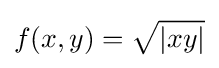
f(x,y)={\sqrt {|xy|}}